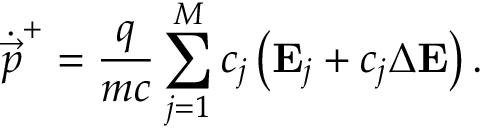
\dot { \vec { p } } ^ { + } = \frac { q } { m c } \sum _ { j = 1 } ^ { M } c _ { j } \left( \mathbf { E } _ { j } + c _ { j } \Delta \mathbf { E } \right) .